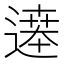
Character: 𬩂